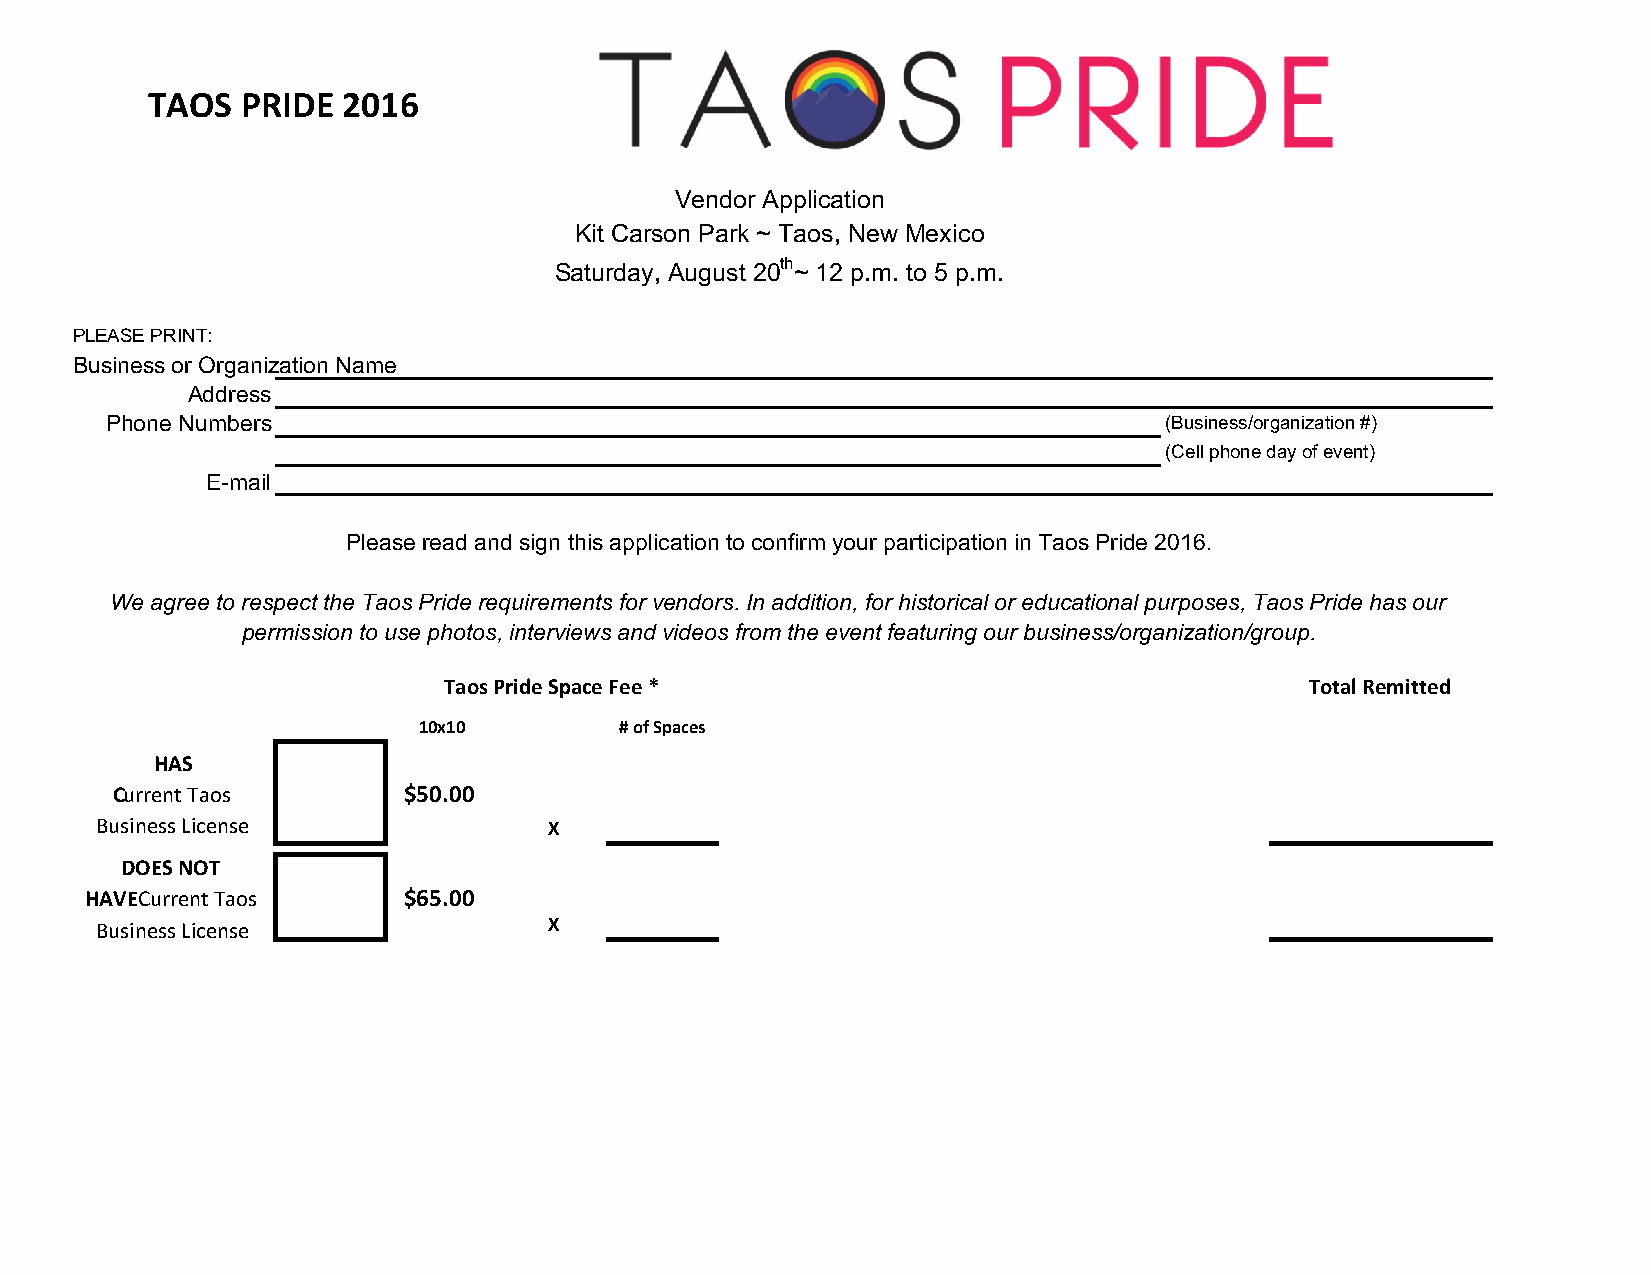
TAOS  PRIDE  2016
 Vendor Application
 Kit Carson Park ~ Taos, New Mexico
 Saturday, August 20th~ 12 p.m. to 5 p.m.
 PLEASE PRINT:
 Business or Organization Name
 Address
 Phone Numbers                                                         (Business/organization #)
 (Cell phone day of event)
 E-mail
 Please read and sign this application to confirm your participation in Taos Pride 2016.
 We agree to respect the Taos Pride requirements for vendors. In addition, for historical or educational purposes, Taos Pride has our
 permission to use photos, interviews and videos from the event featuring our business/organization/group.
 Taos Pride Space Fee *                                    Total Remitted
 10x10        # of Spaces
 HAS
 Current Taos        $50.00
 Business License              X
 DOES NOT
 HAVECurrent Taos     $65.00
 Business License              X